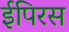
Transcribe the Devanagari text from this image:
ईपिरस